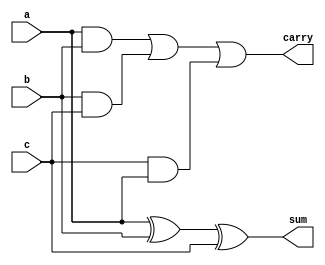
module fa (a,b,c,sum,carry);
input a,b,c;
output sum,carry;
assign sum=a^b^c;
assign carry=a&b|b&c|c&a;
endmodule